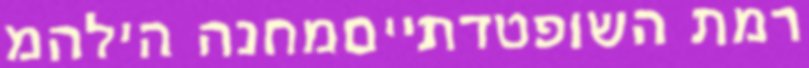
רמת השופטדתייםמחנה הילהמ